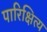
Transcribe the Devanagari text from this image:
पारिक्षित्य